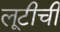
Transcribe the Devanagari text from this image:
लूटीची